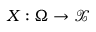
X : \Omega \to \mathcal { X }